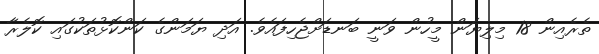
ތެރެއިން 18 މިލިޔަން މީހުން ވަނީ ބަނޑަށްޖެހިފައެވެ. އަދި ޔަމަންގެ ކަންކޮޅުތަކުގައި ކޮލެރާ